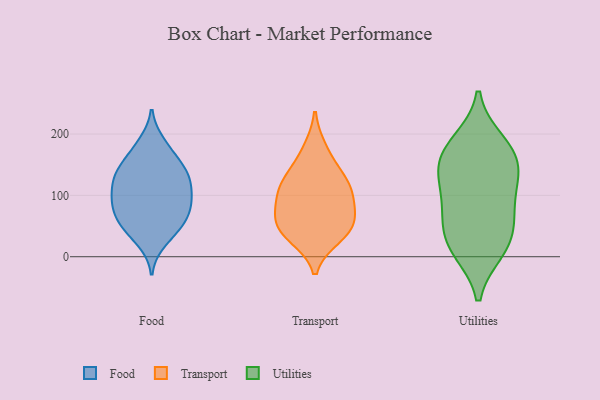
{"axis": {"x": "Market Share (%)", "y": "Value"}, "legend": ["Food", "Transport", "Utilities"], "data": [{"x": "", "y": 156, "type": "Food"}, {"x": "", "y": 96, "type": "Food"}, {"x": "", "y": 25, "type": "Food"}, {"x": "", "y": 129, "type": "Food"}, {"x": "", "y": 177, "type": "Food"}, {"x": "", "y": 130, "type": "Food"}, {"x": "", "y": 96, "type": "Food"}, {"x": "", "y": 142, "type": "Food"}, {"x": "", "y": 128, "type": "Food"}, {"x": "", "y": 52, "type": "Food"}, {"x": "", "y": 76, "type": "Food"}, {"x": "", "y": 43, "type": "Food"}, {"x": "", "y": 67, "type": "Food"}, {"x": "", "y": 75, "type": "Food"}, {"x": "", "y": 93, "type": "Food"}, {"x": "", "y": 49, "type": "Food"}, {"x": "", "y": 138, "type": "Food"}, {"x": "", "y": 185, "type": "Food"}, {"x": "", "y": 105, "type": "Food"}, {"x": "", "y": 51, "type": "Transport"}, {"x": "", "y": 115, "type": "Transport"}, {"x": "", "y": 88, "type": "Transport"}, {"x": "", "y": 121, "type": "Transport"}, {"x": "", "y": 102, "type": "Transport"}, {"x": "", "y": 71, "type": "Transport"}, {"x": "", "y": 38, "type": "Transport"}, {"x": "", "y": 53, "type": "Transport"}, {"x": "", "y": 32, "type": "Transport"}, {"x": "", "y": 176, "type": "Transport"}, {"x": "", "y": 140, "type": "Transport"}, {"x": "", "y": 84, "type": "Utilities"}, {"x": "", "y": 171, "type": "Utilities"}, {"x": "", "y": 136, "type": "Utilities"}, {"x": "", "y": 26, "type": "Utilities"}, {"x": "", "y": 139, "type": "Utilities"}, {"x": "", "y": 126, "type": "Utilities"}, {"x": "", "y": 11, "type": "Utilities"}, {"x": "", "y": 187, "type": "Utilities"}, {"x": "", "y": 172, "type": "Utilities"}, {"x": "", "y": 15, "type": "Utilities"}, {"x": "", "y": 55, "type": "Utilities"}, {"x": "", "y": 76, "type": "Utilities"}]}